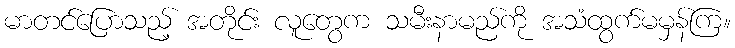
မာတင်ပြောသည့် အတိုင်း လူတွေက သမီးနာမည်ကို အသံထွက်မမှန်ကြ။